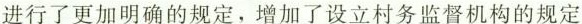
进行了更加明确的规定，增加了设立村务监督机构的规定